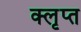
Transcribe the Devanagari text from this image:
क्लृप्त